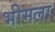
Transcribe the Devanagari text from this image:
भीमला